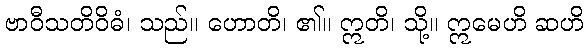
ဗာဝီသတိဝိဓံ၊ သည်။ ဟောတိ၊ ၏။ ဣတိ၊ သို့။ ဣမေဟိ ဆဟိ